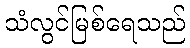
သံလွင်မြစ်ရေသည်